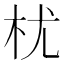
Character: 𣏞